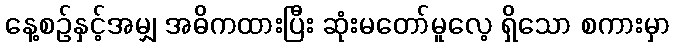
နေ့စဉ်နှင့်အမျှ အဓိကထားပြီး ဆုံးမတော်မူလေ့ ရှိသော စကားမှာ